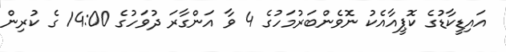
އައިޑީކާޑުގެ ކޮޕީއާއެކު ނޮވެންބަރުމަހުގެ 4 ވާ އަންގާރަ ދުވަހުގެ 14:00 ގެ ކުރިން